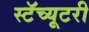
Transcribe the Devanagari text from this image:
स्टॅच्यूटरी